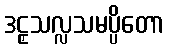
ဒဠှသလ္လသမပ္ပိတော